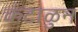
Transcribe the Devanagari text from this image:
कंटाळुन